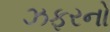
ઝફરનો